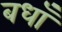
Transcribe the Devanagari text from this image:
बधाँ